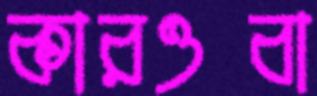
কারওবা